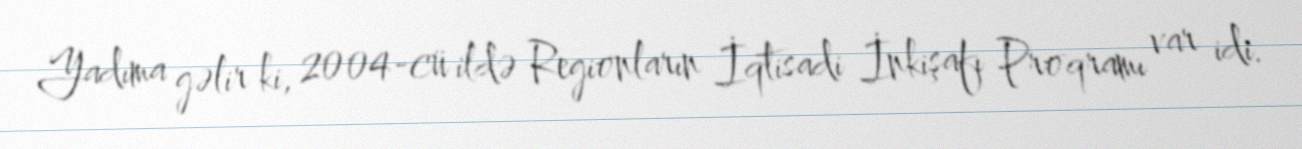
Yadıma gəlir ki, 2004-cü ildə Regionların İqtisadi İnkişafı Proqramı var idi.